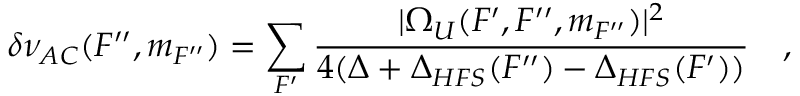
\delta \nu _ { A C } ( F ^ { \prime \prime } , m _ { F ^ { \prime \prime } } ) = \sum _ { F ^ { \prime } } \frac { | \Omega _ { U } ( F ^ { \prime } , F ^ { \prime \prime } , m _ { F ^ { \prime \prime } } ) | ^ { 2 } } { 4 ( \Delta + \Delta _ { H F S } ( F ^ { \prime \prime } ) - \Delta _ { H F S } ( F ^ { \prime } ) ) } \quad ,